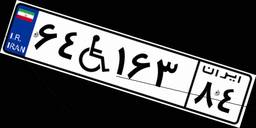
۶۴W۱۶۳۸۴